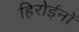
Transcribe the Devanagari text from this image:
हिरोईनों